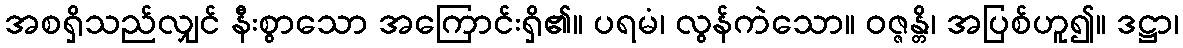
အစရှိသည်လျှင် နီးစွာသော အကြောင်းရှိ၏။ ပရမံ၊ လွန်ကဲသော။ ဝဇ္ဇန္တိ၊ အပြစ်ဟူ၍။ ဒဋ္ဌာ၊